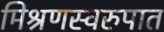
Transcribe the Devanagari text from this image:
मिश्रणस्वरुपात